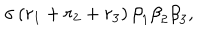
\sigma \, ( r _ { 1 } + r _ { 2 } + r _ { 3 } ) \, { \beta } _ { 1 } { \beta } _ { 2 } { \beta } _ { 3 } ,